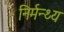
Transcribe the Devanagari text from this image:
निर्मन्थ्य